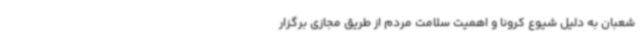
شعبان به دلیل شیوع کرونا و اهمیت سلامت مردم از طریق مجازی برگزار